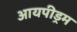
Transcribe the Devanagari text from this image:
आयपीड्रम